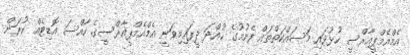
އެމްއެމްޕީއާރްސީ ހުޅުވައި މަސައްކަތްތައް ފެށުމުގެ ހުއްދަ ދީފައިމިވަނީ އެމްއެމްޕީއާރްސީގެ ހާއްސަ އޮޑިޓެއް ކުރަން